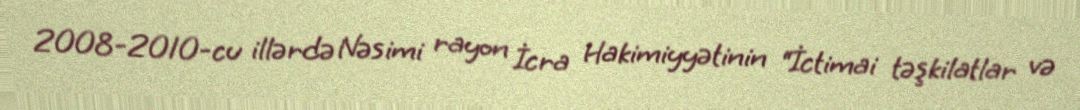
2008-2010-cu illərdə Nəsimi rayon İcra Hakimiyyətinin “İctimai təşkilatlar və